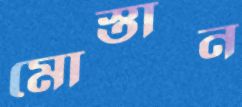
মোস্তান